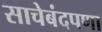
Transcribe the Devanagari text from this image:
साचेबंदपणा